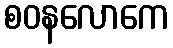
စဝနလောကေ